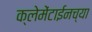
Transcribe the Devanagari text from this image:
क्लेमेंटाईनच्या